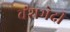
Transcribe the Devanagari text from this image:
वंशभेदी